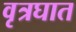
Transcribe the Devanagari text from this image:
वृत्रघात